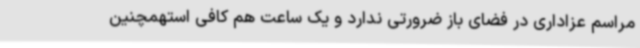
مراسم عزاداری در فضای باز ضرورتی ندارد و یک ساعت هم کافی استهمچنین